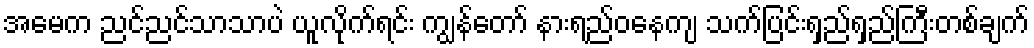
အမေက ညင်ညင်သာသာပဲ ယူလိုက်ရင်း ကျွန်တော် နားရည်ဝနေကျ သက်ပြင်းရှည်ရှည်ကြီးတစ်ချက်